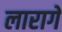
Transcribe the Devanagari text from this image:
लारागे